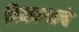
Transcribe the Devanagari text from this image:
विकल्याचे